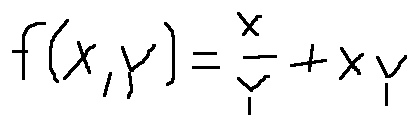
f ( x , y ) = \frac { x } { y } + x y